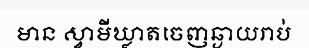
មាន ស្វាមីឃ្លាតចេញឆ្ងាយរាប់